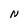
Character: N